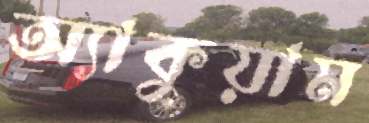
অ্যাকুয়াম